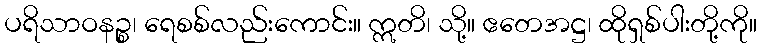
ပရိသာဝနဉ္စ၊ ရေစစ်လည်းကောင်း။ ဣတိ၊ သို့။ ဧတေအဋ္ဌ၊ ထိုရှစ်ပါးတို့ကို။